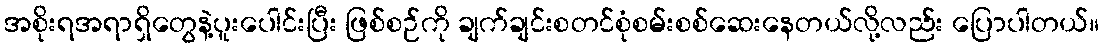
အစိုးရအရာရှိတွေနဲ့ပူးပေါင်းပြီး ဖြစ်စဉ်ကို ချက်ချင်းစတင်စုံစမ်းစစ်ဆေးနေတယ်လို့လည်း ပြောပါတယ်။